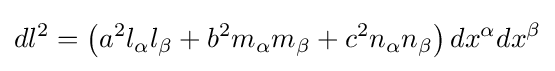
dl^{2}=\left(a^{2}l_{\alpha }l_{\beta }+b^{2}m_{\alpha }m_{\beta }+c^{2}n_{\alpha }n_{\beta }\right)dx^{\alpha }dx^{\beta }